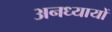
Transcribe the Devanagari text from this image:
अनध्यायों